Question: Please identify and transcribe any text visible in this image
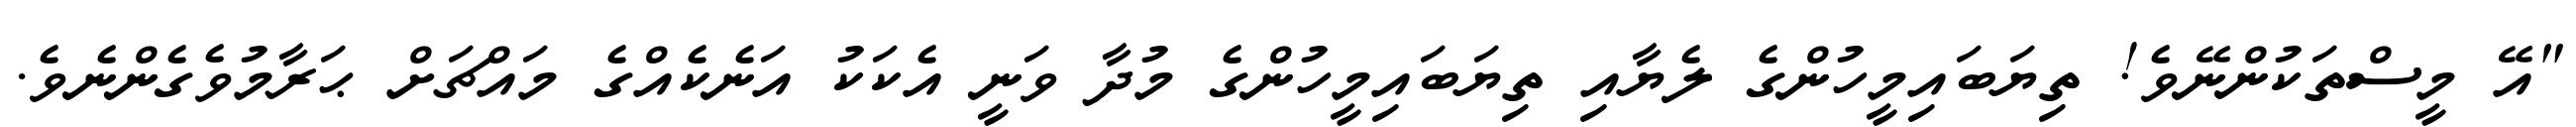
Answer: "އޭ މީސްތަކުންނޭވެ! ތިޔަބައިމީހުންގެ ލެޔާއި ތިޔަބައިމީހުންގެ މުދާ ވަނީ އެކަކު އަނެކެއްގެ މައްޗަށް ޙަރާމުވެގެންނެވެ.